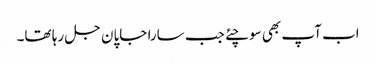
اب آپ بھی سوچئے جب سارا جاپان جل رہا تھا۔